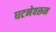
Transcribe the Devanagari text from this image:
घटनेवरून